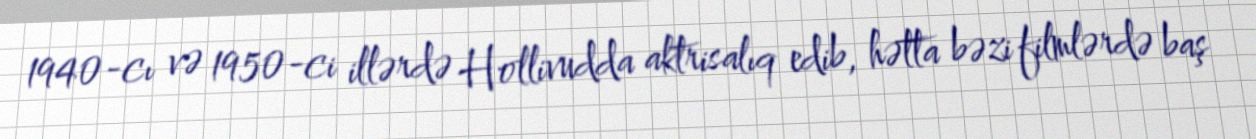
1940-cı və 1950-ci illərdə Hollivudda aktrisalıq edib, hətta bəzi filmlərdə baş